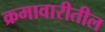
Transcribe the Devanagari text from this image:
क्रमावारीतील